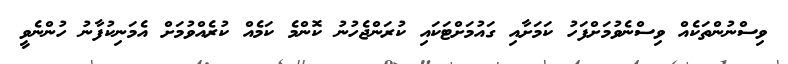
ވިސްނުންތަކެއް ވިސްނެވުމަށްފަހު ކަމަށާއި ގައުމަށްޓަކައި ކުރަންޖެހުނު ކޮންމެ ކަމެއް ކުރެއްވުމަށް އެމަނިކުފާނު ހުންނެވީ